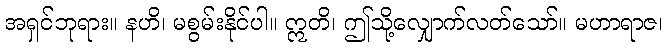
အရှင်ဘုရား။ နဟိ၊ မစွမ်းနိုင်ပါ။ ဣတိ၊ ဤသို့လျှောက်လတ်သော်။ မဟာရာဇ၊